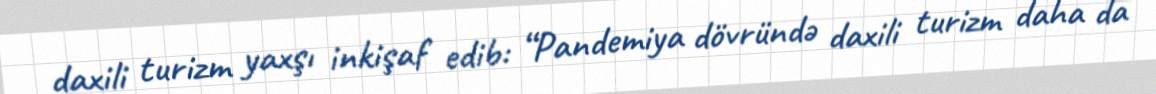
daxili turizm yaxşı inkişaf edib: “Pandemiya dövründə daxili turizm daha da